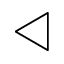
\triangleleft